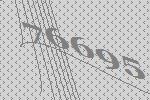
76695